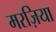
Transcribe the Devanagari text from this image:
मरज़िया